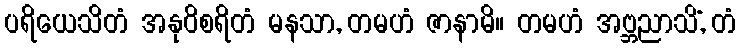
ပရိယေသိတံ အနုဝိစရိတံ မနသာ, တမဟံ ဇာနာမိ။ တမဟံ အဗ္ဘညာသိံ, တံ